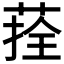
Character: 𦴽